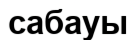
сабауы